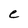
Character: e